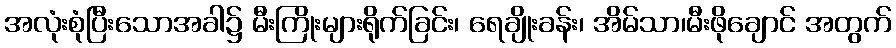
အလုံးစုံပြီးသောအခါ၌ မီးကြိုးများရိုက်ခြင်း၊ ရေချိုးခန်း၊ အိမ်သာ၊မီးဖိုချောင် အတွက်